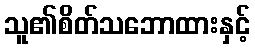
သူ၏စိတ်သဘောထားနှင့်